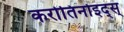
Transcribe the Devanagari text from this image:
करोतिनोइद्स्